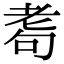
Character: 耈